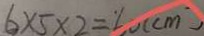
6 \times 5 \times 2 = 6 0 ( c m )